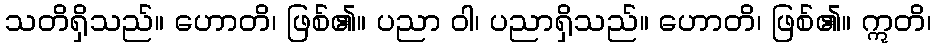
သတိရှိသည်။ ဟောတိ၊ ဖြစ်၏။ ပညာ ဝါ၊ ပညာရှိသည်။ ဟောတိ၊ ဖြစ်၏။ ဣတိ၊